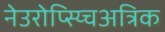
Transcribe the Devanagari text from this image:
नेउरोप्स्य्चिअत्रिक